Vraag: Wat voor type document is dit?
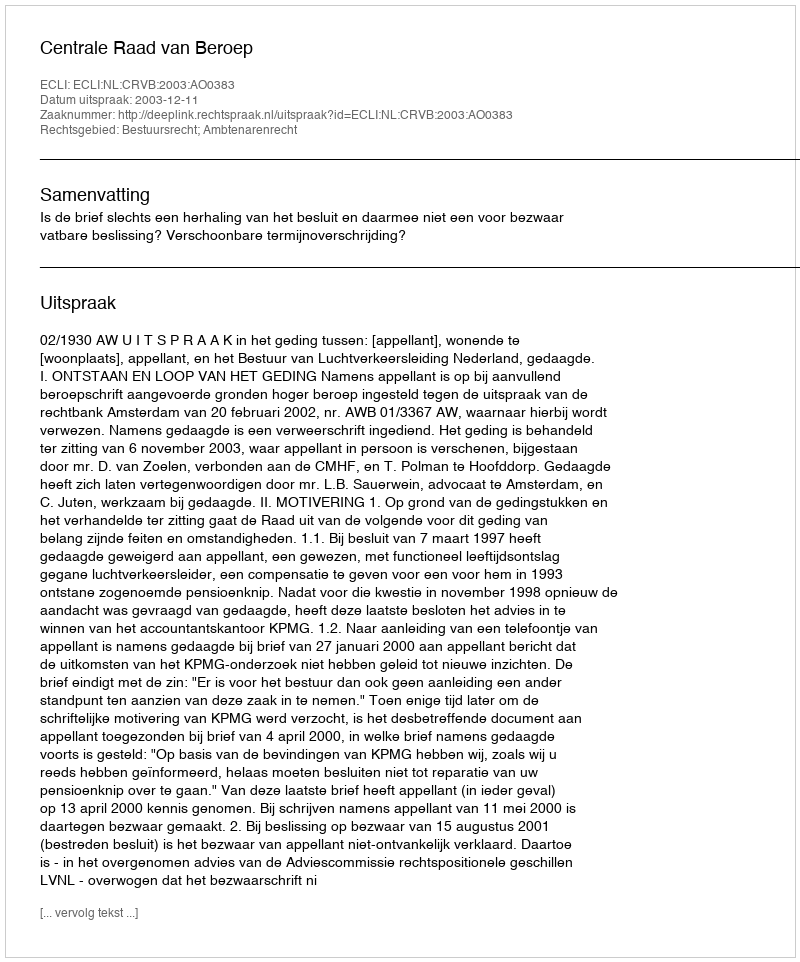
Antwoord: Uitspraak